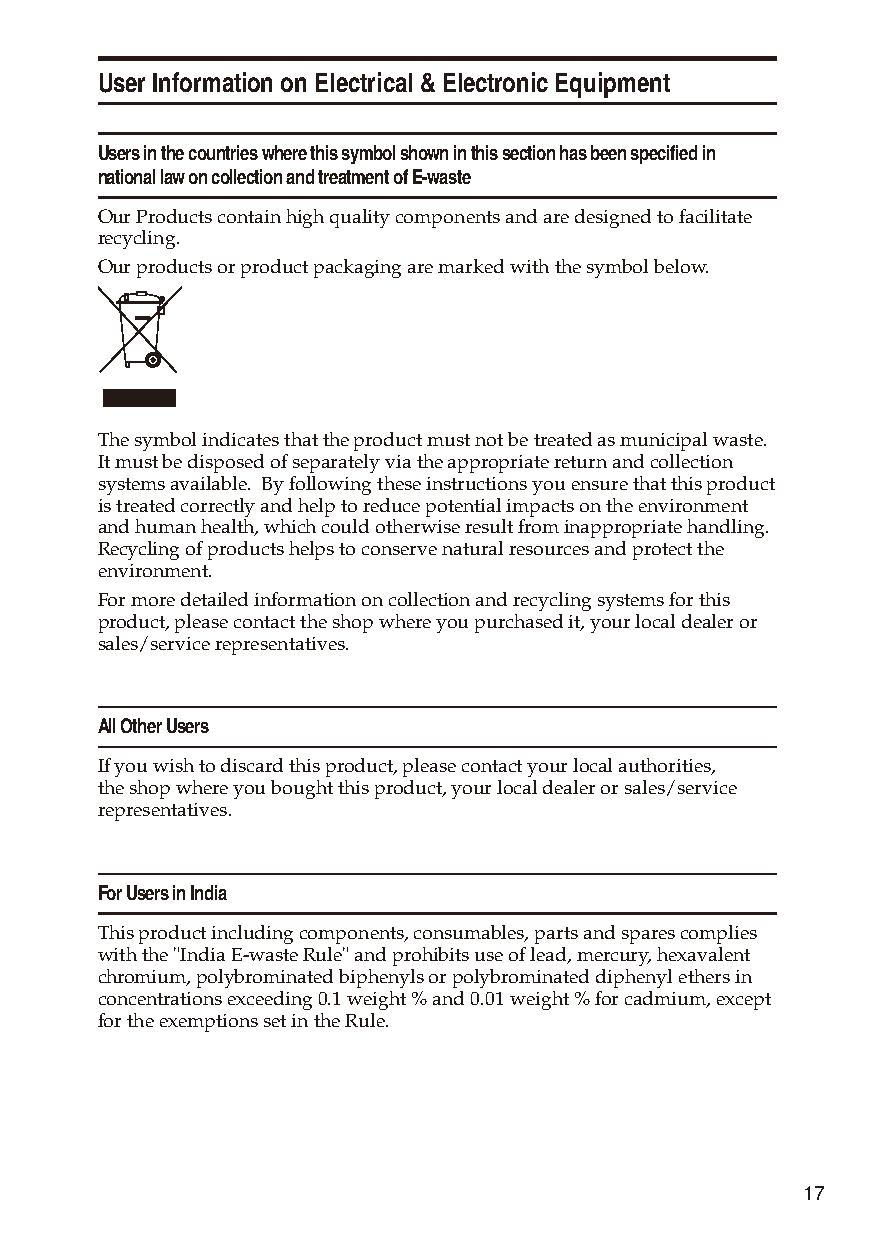
User Information on Electrical & Electronic Equipment
 Users in the countries where this symbol shown in this section has been specified in
 national law on collection and treatment of E-waste
 Our Products contain high quality components and are designed to facilitate
 recycling.
 Our products or product packaging are marked with the symbol below.
 The symbol indicates that the product must not be treated as municipal waste.
 It must be disposed of separately via the appropriate return and collection
 systems available. By following these instructions you ensure that this product
 is treated correctly and help to reduce potential impacts on the environment
 and human health, which could otherwise result from inappropriate handling.
 Recycling of products helps to conserve natural resources and protect the
 environment.
 For more detailed information on collection and recycling systems for this
 product, please contact the shop where you purchased it, your local dealer or
 sales/service representatives.
 All Other Users
 If you wish to discard this product, please contact your local authorities,
 the shop where you bought this product, your local dealer or sales/service
 representatives.
 For Users in India
 This product including components, consumables, parts and spares complies
 with the "India E-waste Rule" and prohibits use of lead, mercury, hexavalent
 chromium, polybrominated biphenyls or polybrominated diphenyl ethers in
 concentrations exceeding 0.1 weight % and 0.01 weight % for cadmium, except
 for the exemptions set in the Rule.
 17